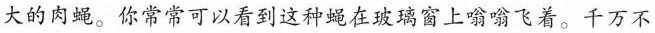
大的肉蝇。你常常可以看到这种蝇在玻璃窗上嗡嗡飞着。千万不